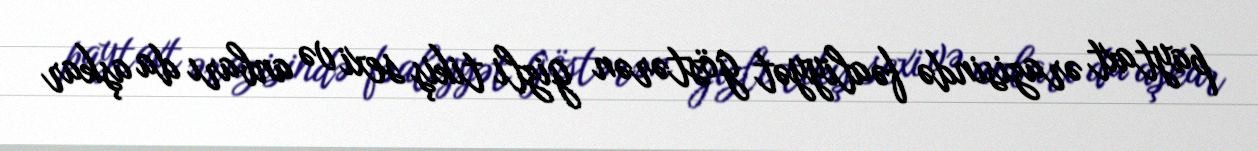
paytaxt ərazisində fəaliyyət göstərən gizli tikiş sexi və anbarı da aşkar